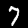
Label: 7